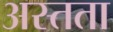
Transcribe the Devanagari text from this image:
अस्तता